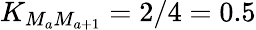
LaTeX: K_{M_{a}M_{a+1}}=2/4=0.5